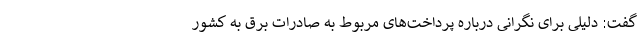
گفت: دلیلی برای نگرانی درباره پرداخت‌های مربوط به صادرات برق به کشور